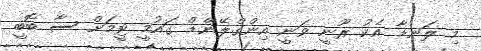
މި ލަނޑާ އެކު ރޫނީ ވަނީ އިންގްލޭންޑް ގައުމީ ޓީމަށް ސާ ބޮބީ